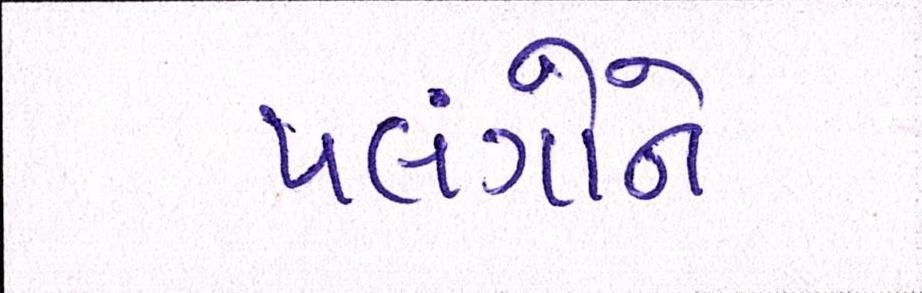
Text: પલંગોને